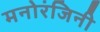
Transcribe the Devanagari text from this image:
मनोरंजिनी